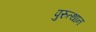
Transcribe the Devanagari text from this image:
पुरुत्थान